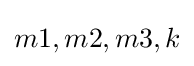
{m1,m2,m3,k}